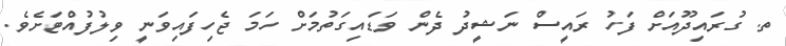
ތ. ގުރައިދޫއަށް ފަހު ރައީސް ނަޝީދު ދެން ވަޑައިގަތުމަށް ހަމަ ޖެހިފައިވަނީ ވިލުފުއްޓަށެވެ.